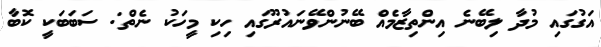
އަގުގައި މުދާ ލިބޭނެ އިންތިޒާމެއް ބޭނުންވޭނައުރޫގައި ހިކި މީހަކު ނެތް: ސަބަބަކީ ކޮބާ